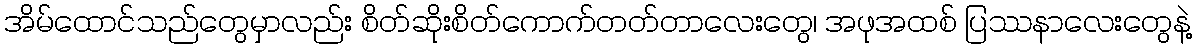
အိမ်ထောင်သည်တွေမှာလည်း စိတ်ဆိုးစိတ်ကောက်တတ်တာလေးတွေ၊ အဖုအထစ် ပြဿနာလေးတွေနဲ့